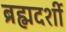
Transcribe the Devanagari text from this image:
ब्रह्मदर्शी